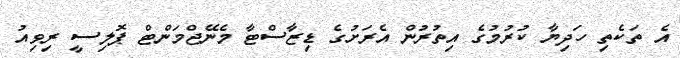
އެ ތަކެތި ހަދިޔާ ކުރުމުގެ އިތުރުން އެރަށުގެ ޑިޒާސްޓާ މެނޭޖްމަންޓް ޕޮލިސީ ރިވިއު